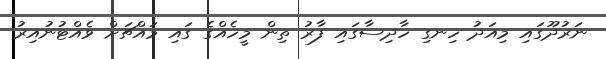
ނަރުދޫގައި މިއަދު ހިނގި ހާދިސާގައި ފާރު ތިން މީހެއްގެ ގައި މައްޗަށް ވެއްޓުނުއިރު